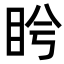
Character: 𥅎